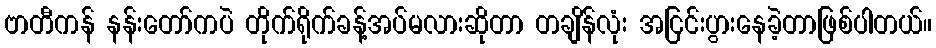
ဗာတီကန် နန်းတော်ကပဲ တိုက်ရိုက်ခန့်အပ်မလားဆိုတာ တချိန်လုံး အငြင်းပွားနေခဲ့တာဖြစ်ပါတယ်။